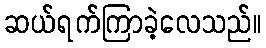
ဆယ်ရက်ကြာခဲ့လေသည်။